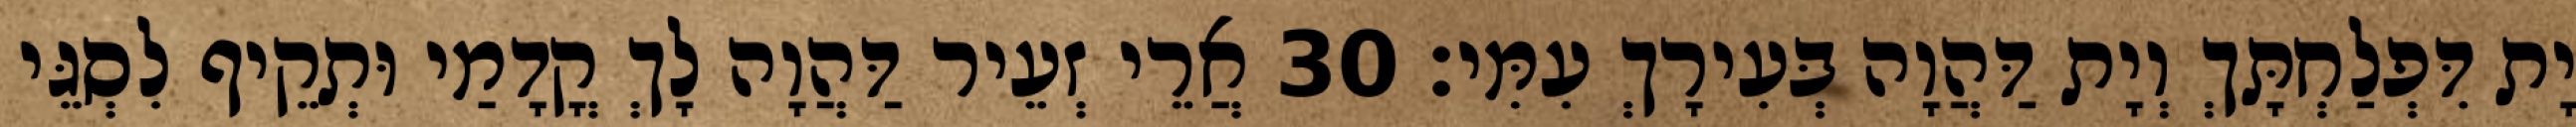
יָת דִּפְלַחְתָּךְ וְיָת דַּהֲוָה בְּעִירָךְ עִמִּי׃ 30 אֲרֵי זְעֵיר דַּהֲוָה לָךְ קֳדָמַי וּתְקֵיף לִסְגֵּי